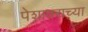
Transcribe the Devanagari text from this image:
पेशावराच्या